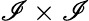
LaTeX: \mathscr{I}\times\mathscr{I}